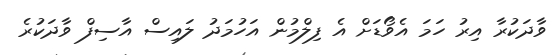
ވާދަކުރާ އިރު ހަމަ އެވޯޑަށް އެ ފިލްމުން އަހުމަދު ލައިސް އާސިފް ވާދަކުރެ